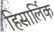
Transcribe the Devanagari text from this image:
हिसार्लिक